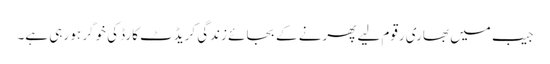
جیب میں بھاری رقوم لیے پھرنے کے بجائے زندگی کریڈٹ کارڈ کی خوگر ہو رہی ہے۔